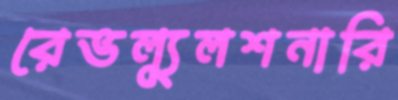
রেভল্যুলশনারি